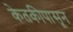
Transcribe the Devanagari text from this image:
केतकीपासून